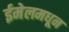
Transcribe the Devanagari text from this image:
ईमेलमधून